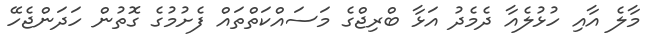
މާލެ އާއި ހުޅުލެއާ ދެމެދު އަޅާ ބްރިޖްގެ މަސައްކަތްތައް ފެށުމުގެ ގޮތުން ހަދަންޖެހޭ